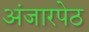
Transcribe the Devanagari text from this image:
अंजारपेठ